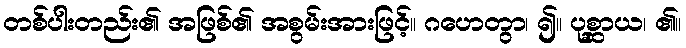
တစ်ပါးတည်း၏ အဖြစ်၏ အစွမ်းအားဖြင့်။ ဂဟေတွာ၊ ၍။ ပုစ္ဆာယ၊ ၏။